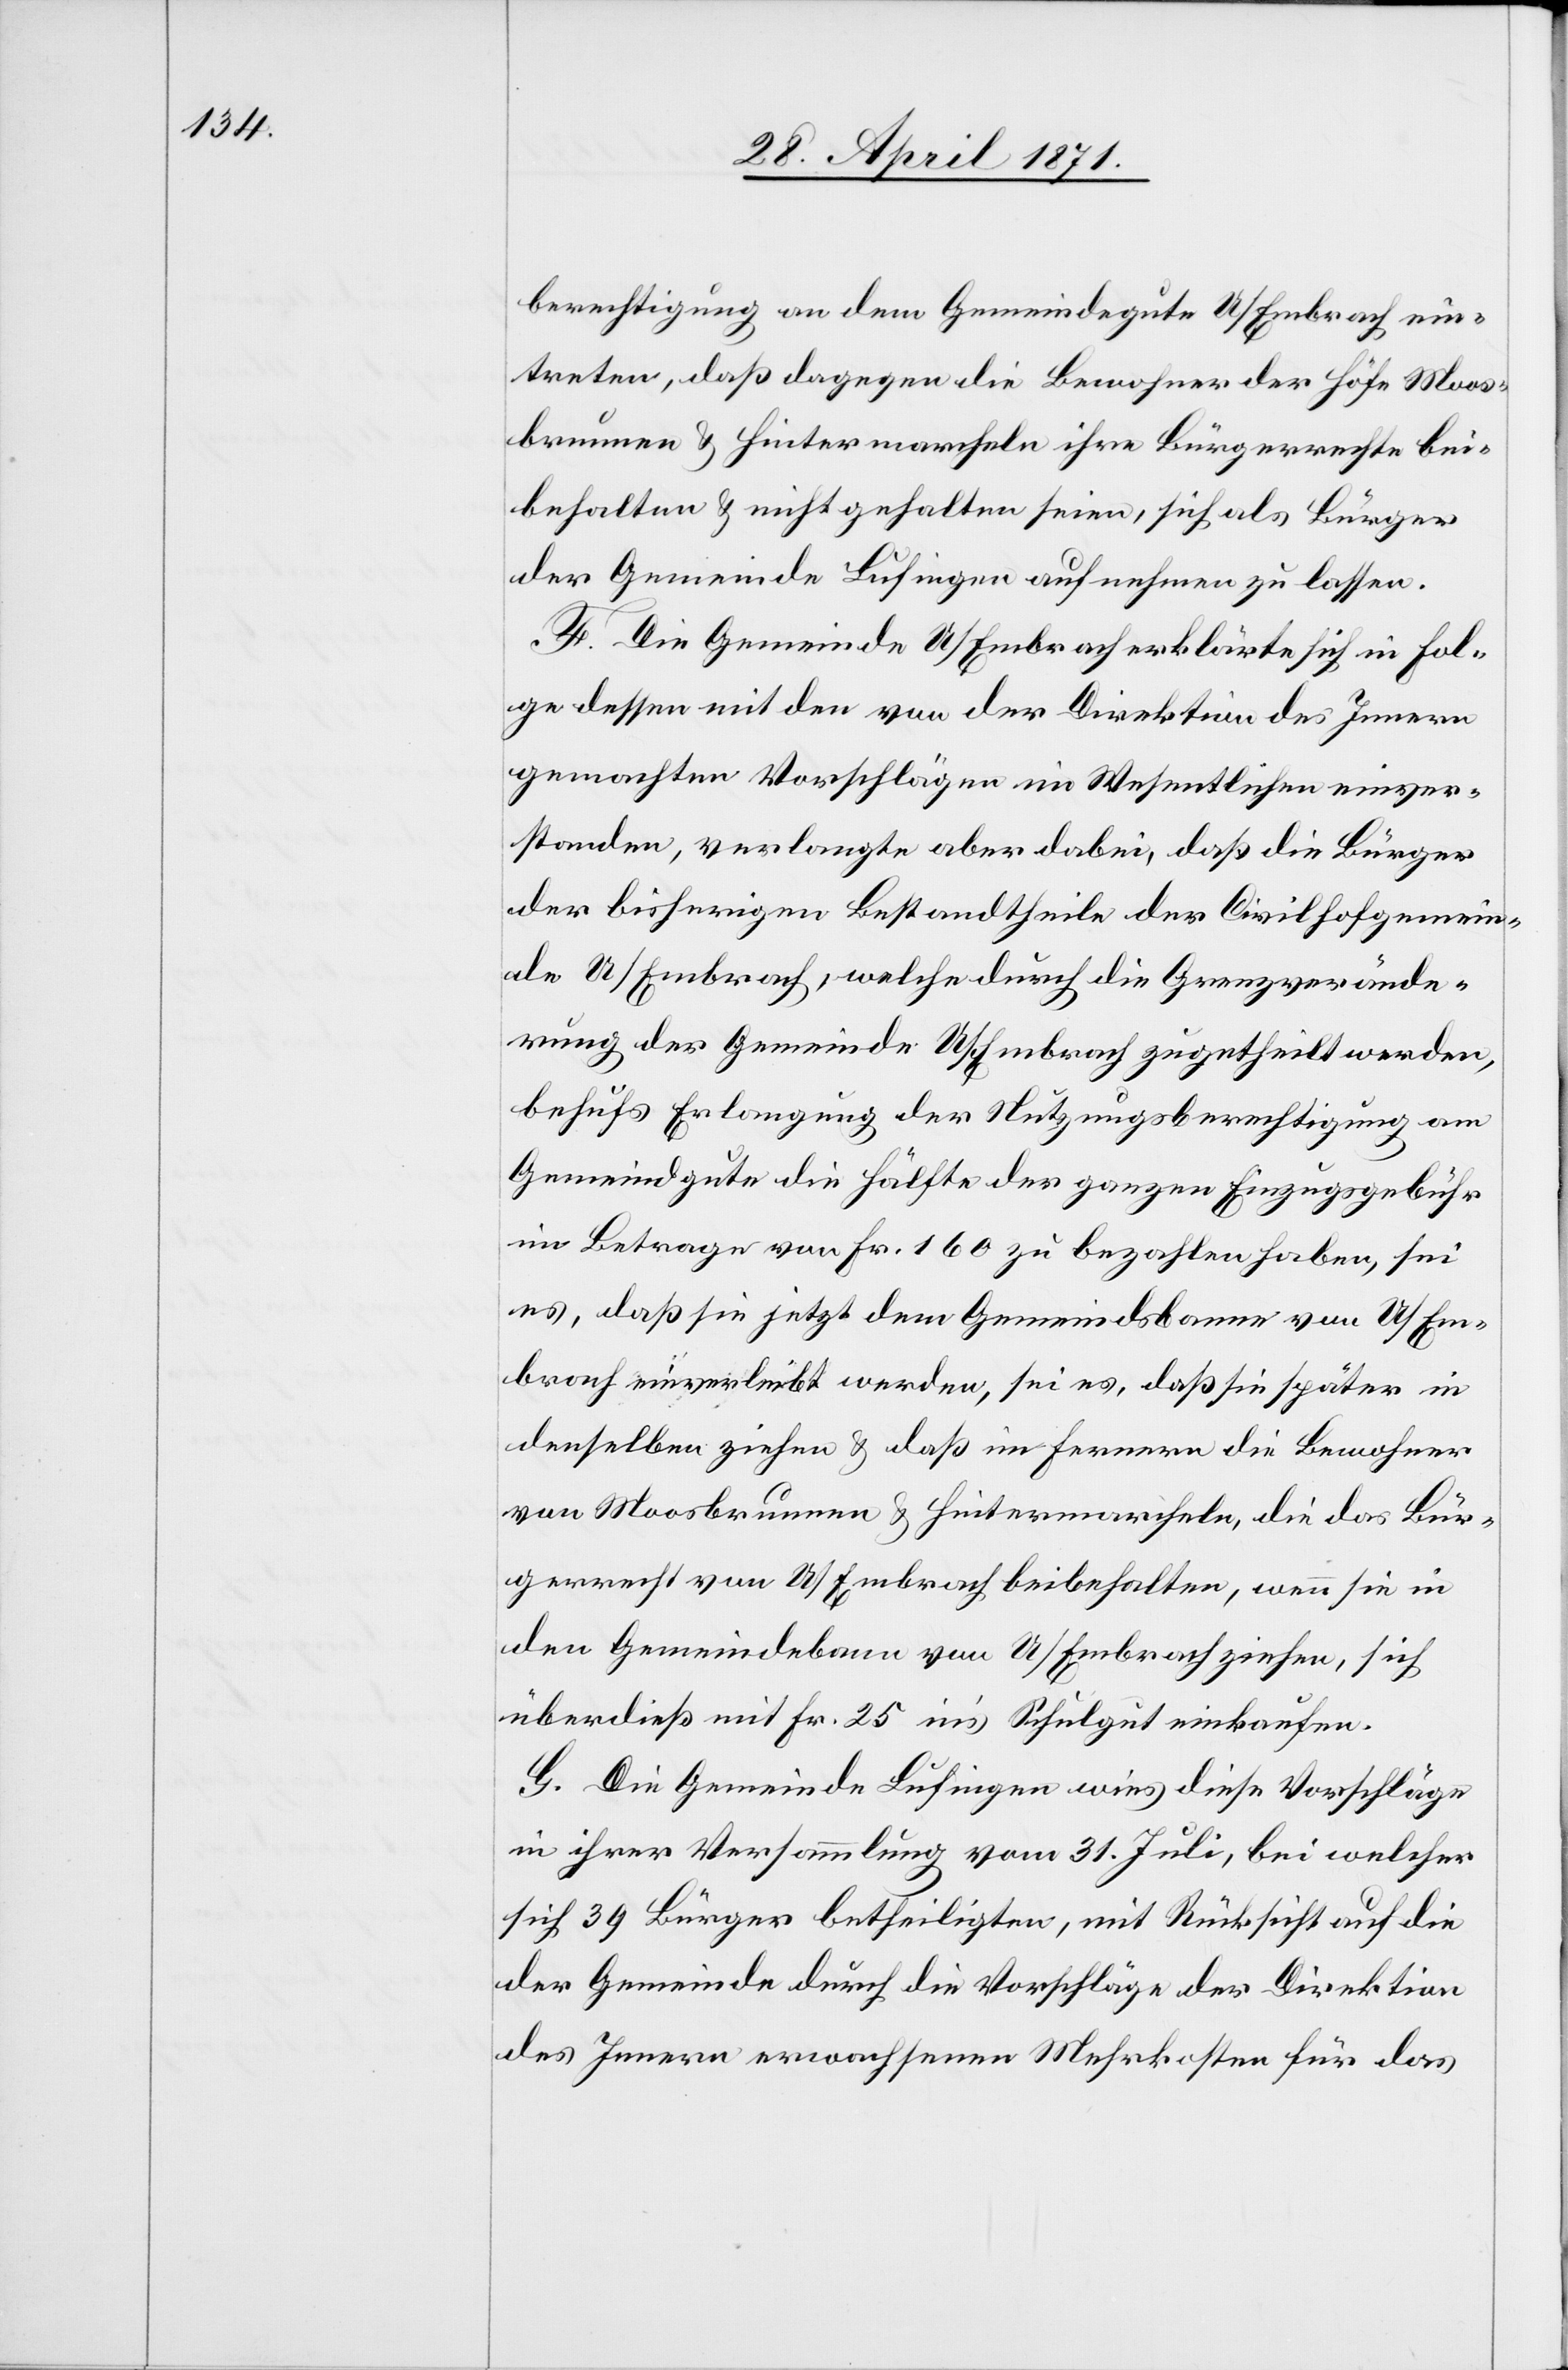
berechtigung an dem Gemeindegute U/Embrach ein¬
treten, daß dagegen die Bewohner der Höfe Moos¬
brunnen u. Hintermarcheln ihre Bürgerrechte bei¬
behalten u. nicht gehalten seien, sich als Bürger
der Gemeinde Lufingen aufnehmen zu lassen.
F. Die Gemeinde U/Embrach erklärte sich in Fol¬
ge dessen mit den von der Direktion des Innern
gemachten Vorschlägen im Wesentlichen einver¬
standen, verlangte aber dabei, daß die Bürger
der bisherigen Bestandtheile der Civilhofgemein¬
de U/Embrach, welche durch die Grenzverände¬
rung der Gemeinde U/Embrach zugetheilt werden,
behufs Erlangung der Nutzungsberechtigung am
Gemeindgute die Hälfte der ganzen Einzugsgebühr
im Betrage von Fr. 160 zu bezahlen haben, sei
es, daß sie jetzt dem Gemeinsbanne von U/Em¬
brach einverleibt werden, sei es, daß sie später in
denselben ziehen u. daß im Fernern die Bewohner
von Moosbrunnen u. Hintermarcheln, die das Bür¬
gerrecht von U/Embrach beibehalten, wenn sie in
den Gemeindebann von U/Embrach ziehen, sich
überdieß mit Fr. 25 in’s Schulgut einkaufen.
G. Die Gemeinde Lufingen wies diese Vorschläge
in ihrer Versammlung vom 31. Juli, bei welcher
sich 39 Bürger betheiligten, mit Rücksicht auf die
der Gemeinde durch die Vorschläge der Direktion
des Innern erwachsenen Mehrkosten für das